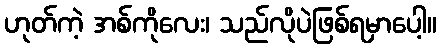
ဟုတ်ကဲ့ အစ်ကိုလေး၊ သည်လိုပဲဖြစ်ရမှာပေါ့။